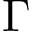
\Gamma